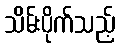
သိမ်းပိုက်သည့်